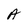
Character: A